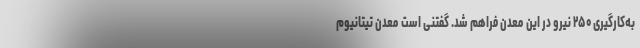
به‌کارگیری ۲۵۰ نیرو در این معدن فراهم شد. گفتنی است معدن تیتانیوم